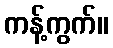
ကန့်ကွက်။